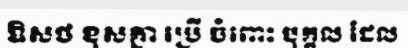
ឱសថ ខុសគ្នា ប្រើ ចំពោះ បុគ្គល ដែល